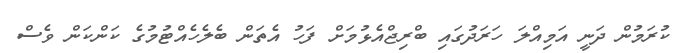
ކުރަމުން ދަނީ އަމިއްލަ ހަރަދުގައި ބްރިޖްއެޅުމަށް ފަހު އެތަން ބެލެހެއްޓުމުގެ ކަންކަން ވެސް